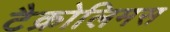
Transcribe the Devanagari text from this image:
टैक्रोलिमस